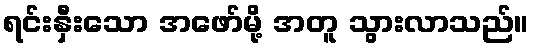
ရင်းနှီးသော အဖော်မို့ အတူ သွားလာသည်။